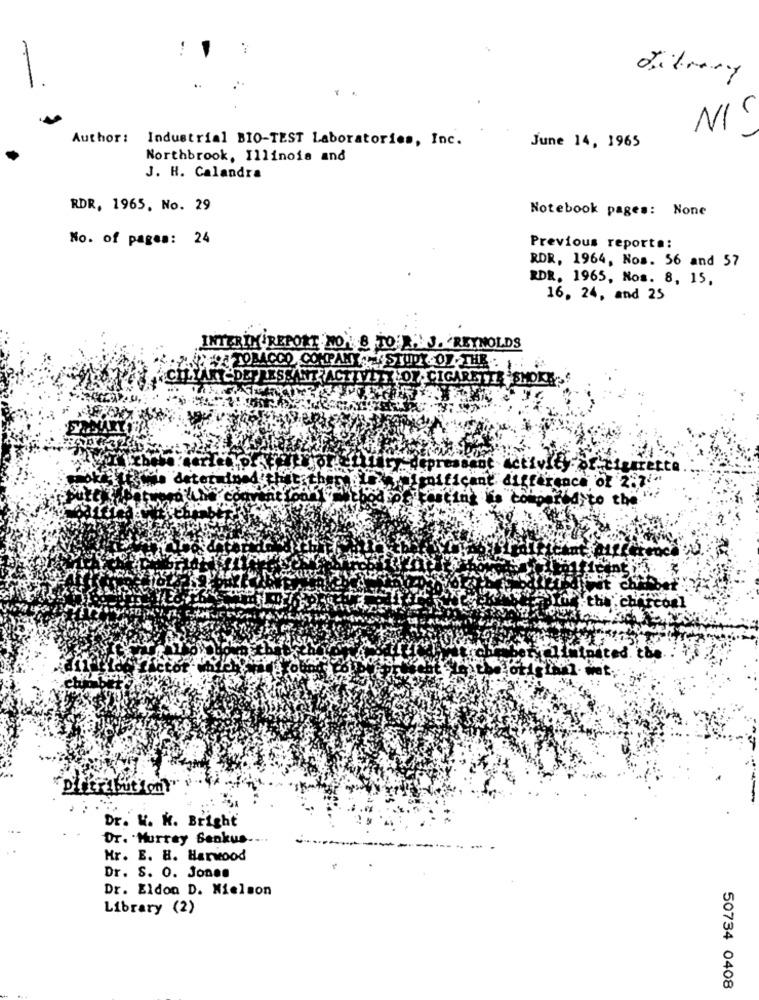
Literary
NIS
Author:
Industrial BIO-TEST Laboratories, Inc.
June 14, 1965
Northbrook, Illinois and
J. H. Calandra
RDR, 1965, No. 29
Notebook pages: None
No. of pages: 24
Previous report .:
RDR, 1964, Nos. 56 and 57
RDR. 1965, Nos. 8, 15,
16, 24, and 25
INTE
ORT
'8 TO .: J. REYNOLDS
MX 4 STUDY OF THR .
TIVITY OF CIGARETTE SMOKE
epres sadit. Activity:
Cigarette
Isnificant difference of 2:7
asting to competedito the
the charcoal
Minated. the
DistributionY
Dr. W. K. Bright
Dr. Murray Senkus-
Hr. E. B. Harwood
Dr. S. O. Jonen
Dr. Eldon D. Nielson
Library (2)
50734 0408